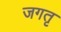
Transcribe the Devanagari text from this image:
जगतृ